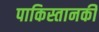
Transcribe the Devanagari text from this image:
पाकिस्तानकी